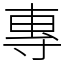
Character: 專